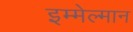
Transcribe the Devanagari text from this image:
इम्मेल्मान